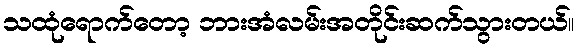
သထုံရောက်တော့ ဘားအံလမ်းအတိုင်းဆက်သွားတယ်။